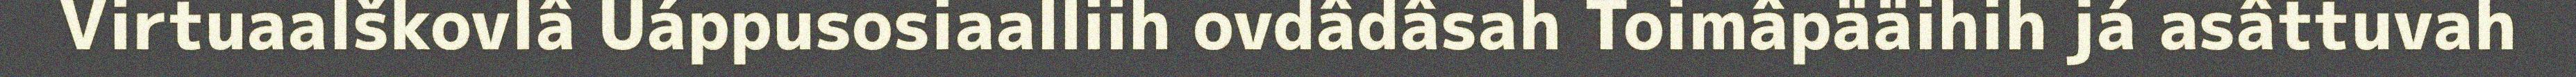
Virtuaalškovlâ Uáppusosiaalliih ovdâdâsah Toimâpääihih já asâttuvah